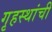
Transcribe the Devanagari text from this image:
गृहस्थांची